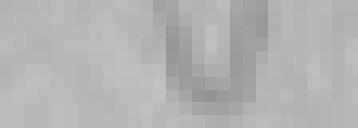
Vive Belfort ! Vive la République !